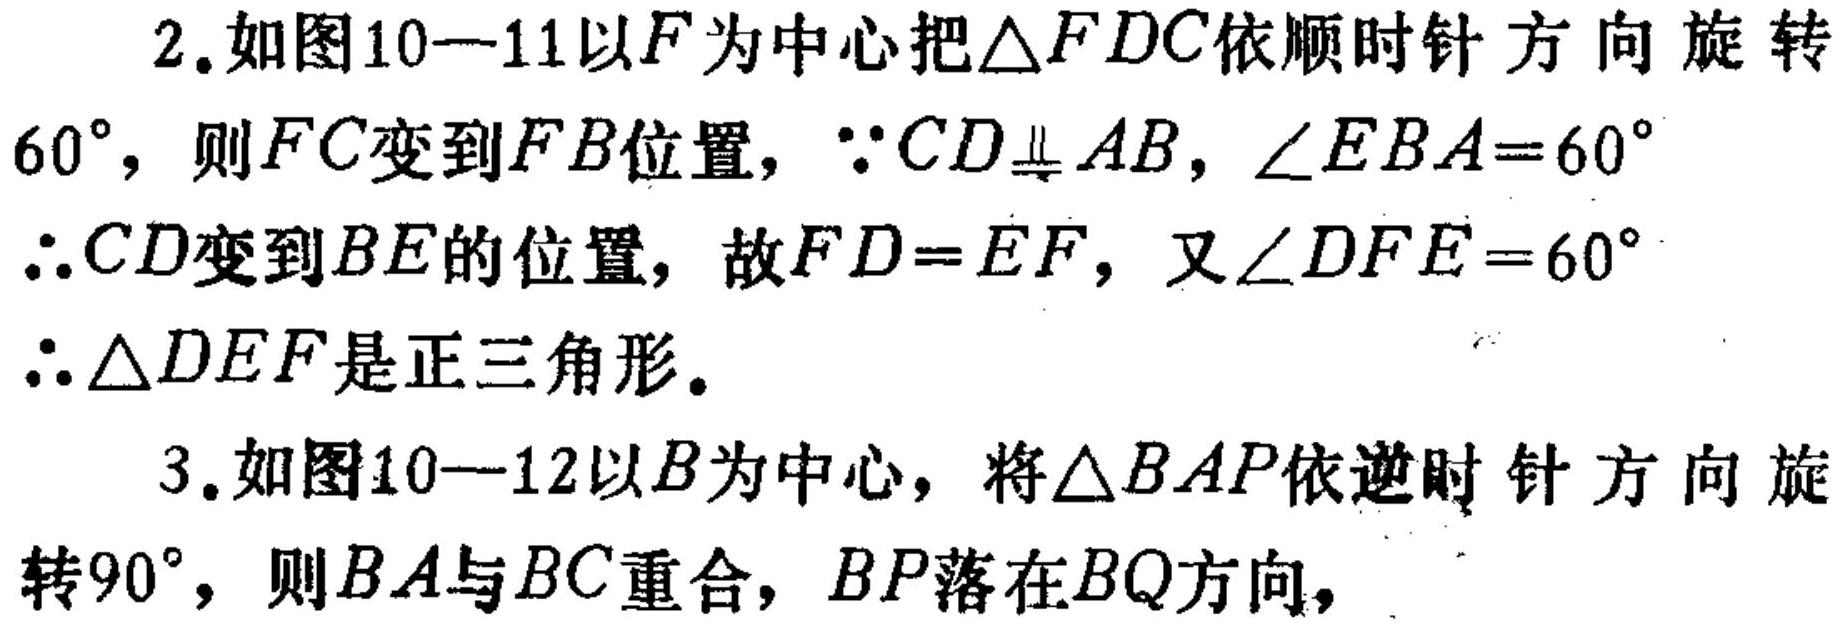
2. 如图10—11以\(F\)为中心把\(\triangle FDC\)依顺时针方向旋转\(60^{\circ}\)，则\(FC\)变到\(FB\)位置，\(\because CD\perp AB\)，\(\angle EBA = 60^{\circ}\)
\(\therefore CD\)变到\(BE\)的位置，故\(FD = EF\)，又\(\angle DFE = 60^{\circ}\)
\(\therefore \triangle DEF\)是正三角形。

3. 如图10—12以\(B\)为中心，将\(\triangle BAP\)依逆时针方向旋转\(90^{\circ}\)，则\(BA\)与\(BC\)重合，\(BP\)落在\(BQ\)方向，